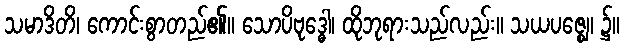
သမာဒိတိ၊ ကောင်းစွာတည်၏။ သောပိဗုဒ္ဓေါ၊ ထိုဘုရားသည်လည်း။ သယပဇ္ဈေ၊ ၌။